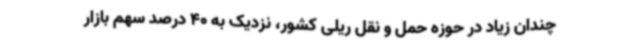
چندان زیاد در حوزه حمل و نقل ریلی کشور، نزدیک به 40 درصد سهم بازار